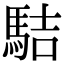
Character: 𩢴